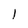
Character: 1